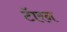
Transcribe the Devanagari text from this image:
टॅारन